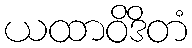
ယထာဝိဒိတံ